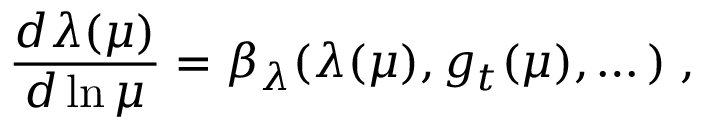
\frac { d \lambda ( \mu ) } { d \ln \mu } = \beta _ { \lambda } ( \lambda ( \mu ) , g _ { t } ( \mu ) , \dots ) \; ,